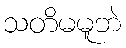
သတိမမူဘဲ